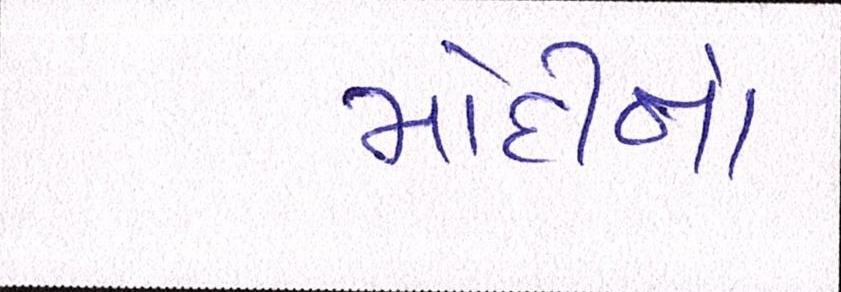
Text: મોદીનો